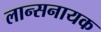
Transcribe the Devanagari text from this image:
लान्सनायक